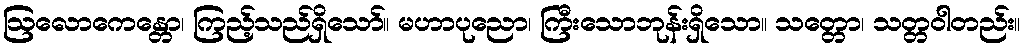
ဩလောကေန္တော၊ ကြည့်သည်ရှိသော်။ မဟာပုညော၊ ကြီးသောဘုန်းရှိသော။ သတ္တော၊ သတ္တဝါတည်း။